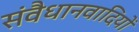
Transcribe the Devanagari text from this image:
संवैधानवादियों